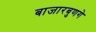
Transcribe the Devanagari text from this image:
बाजारबुणगे